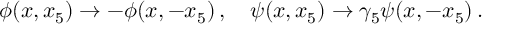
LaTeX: \phi ( x , x _ { 5 } ) \rightarrow - \phi ( x , - x _ { 5 } ) \, , \quad \psi ( x , x _ { 5 } ) \rightarrow \gamma _ { 5 } \psi ( x , - x _ { 5 } ) \, .